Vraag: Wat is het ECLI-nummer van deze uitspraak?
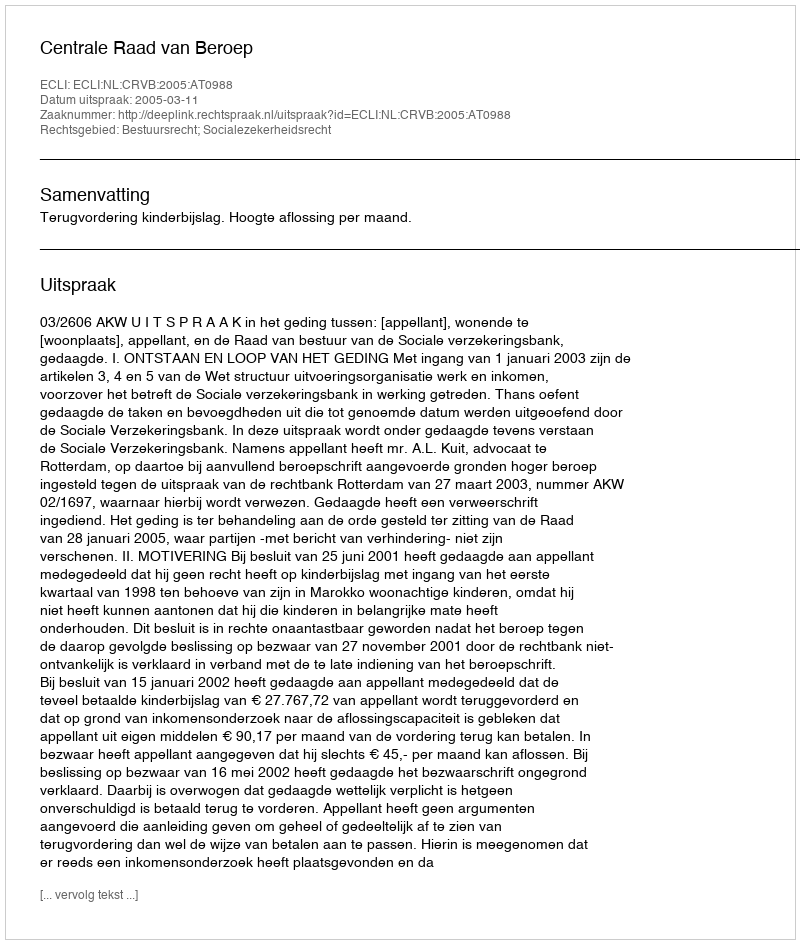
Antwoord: ECLI:NL:CRVB:2005:AT0988